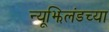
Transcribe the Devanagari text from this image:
न्यूझिलंडच्या